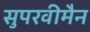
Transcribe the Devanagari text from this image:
सुपरवीमैन